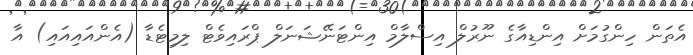
އެތަން ހިންގުމަށް އިންޑިއާގެ ނޫރުލް އިސްލާމް އިންޓަނޭޝަނަލް ޕްރައިވެޓް ލިމިޓެޑާ (އެންއައިއައި) އާ